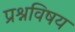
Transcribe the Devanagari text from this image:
प्रश्नविषय